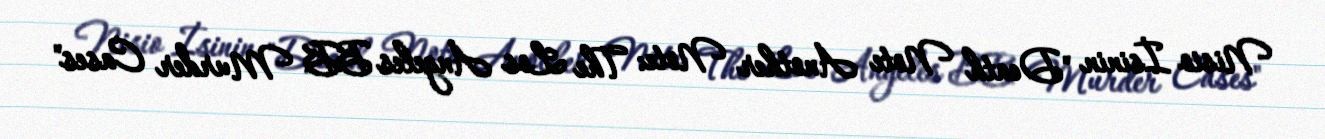
Nisio İsinin "Death Note Another Note: The Los Angeles BB Murder Cases"